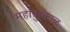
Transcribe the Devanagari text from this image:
महादुष्काळ